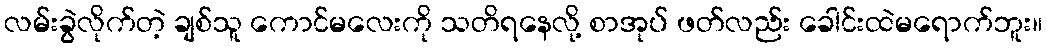
လမ်းခွဲလိုက်တဲ့ ချစ်သူ ကောင်မလေးကို သတိရနေလို့ စာအုပ် ဖတ်လည်း ခေါင်းထဲမရောက်ဘူး။